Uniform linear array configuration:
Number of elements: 32
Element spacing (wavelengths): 0.5
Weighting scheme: uniform
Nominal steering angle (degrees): -45
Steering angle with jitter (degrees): -44.571
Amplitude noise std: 0.05
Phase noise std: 0.05

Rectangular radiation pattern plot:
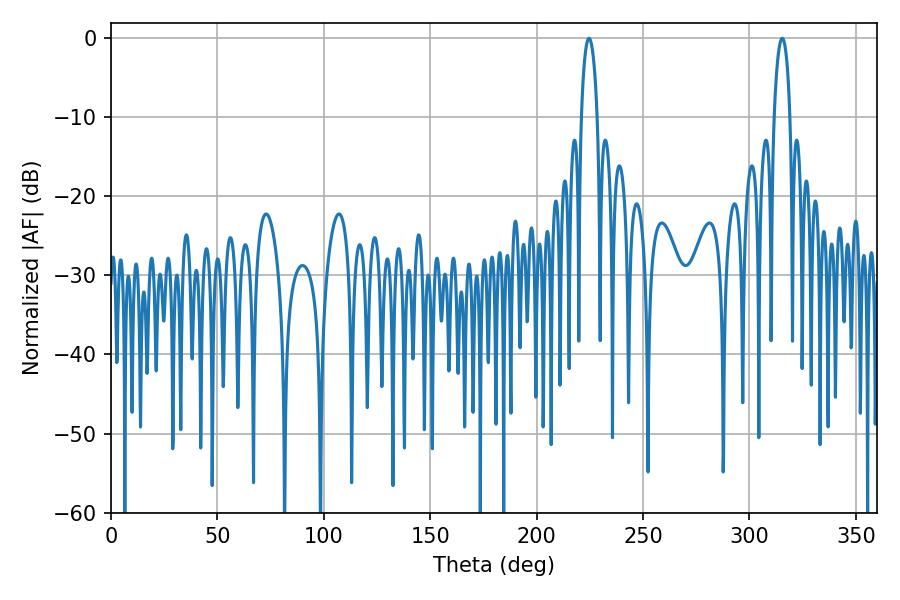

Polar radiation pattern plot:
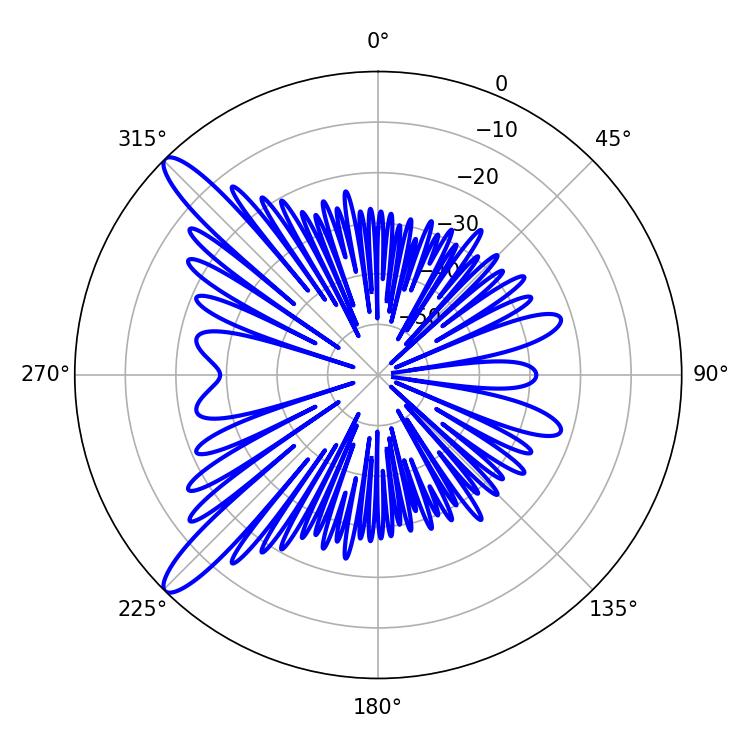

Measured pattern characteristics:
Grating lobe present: FALSE
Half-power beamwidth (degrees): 4.32
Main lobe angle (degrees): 224.64